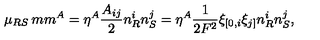
\mu _ { R S } \hspace * { 2 m m } ^ { A } = \eta ^ { A } \frac { A _ { i j } } { 2 } n _ { R } ^ { i } n _ { S } ^ { j } = \eta ^ { A } \frac { 1 } { 2 F ^ { 2 } } \xi _ { [ 0 , i } \xi _ { j ] } n _ { R } ^ { i } n _ { S } ^ { j } ,